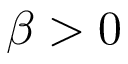
\beta > 0